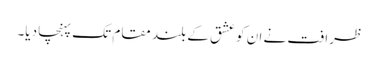
ظرافت نے ان کو عشق کے بلند مقام تک پہنچا دیا۔